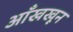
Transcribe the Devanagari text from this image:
आँखखून